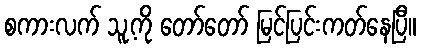
စကားလက် သူ့ကို တော်တော် မြင်ပြင်းကတ်နေပြီ။